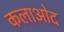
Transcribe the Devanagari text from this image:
कलाओद